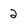
Character: 2